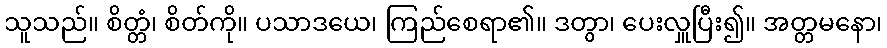
သူသည်။ စိတ္တံ၊ စိတ်ကို။ ပသာဒယေ၊ ကြည်စေရာ၏။ ဒတွာ၊ ပေးလှူပြီး၍။ အတ္တမနော၊